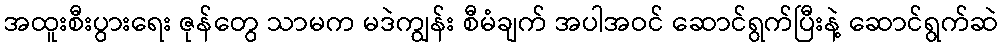
အထူးစီးပွားရေး ဇုန်တွေ သာမက မဒဲကျွန်း စီမံချက် အပါအဝင် ဆောင်ရွက်ပြီးနဲ့ ဆောင်ရွက်ဆဲ